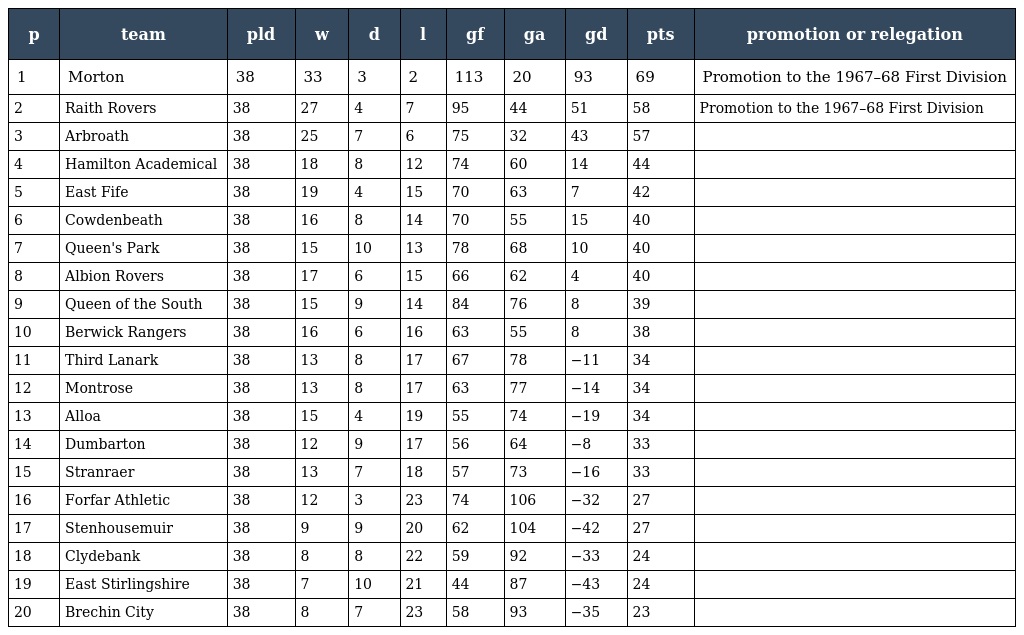
| p | team | pld | w | d | l | gf | ga | gd | pts | promotion or relegation |
 | --- | --- | --- | --- | --- | --- | --- | --- | --- | --- | --- |
 | 1 | Morton | 38 | 33 | 3 | 2 | 113 | 20 | 93 | 69 | Promotion to the 1967–68 First Division |
 | 2 | Raith Rovers | 38 | 27 | 4 | 7 | 95 | 44 | 51 | 58 | Promotion to the 1967–68 First Division |
 | 3 | Arbroath | 38 | 25 | 7 | 6 | 75 | 32 | 43 | 57 |  |
 | 4 | Hamilton Academical | 38 | 18 | 8 | 12 | 74 | 60 | 14 | 44 |  |
 | 5 | East Fife | 38 | 19 | 4 | 15 | 70 | 63 | 7 | 42 |  |
 | 6 | Cowdenbeath | 38 | 16 | 8 | 14 | 70 | 55 | 15 | 40 |  |
 | 7 | Queen's Park | 38 | 15 | 10 | 13 | 78 | 68 | 10 | 40 |  |
 | 8 | Albion Rovers | 38 | 17 | 6 | 15 | 66 | 62 | 4 | 40 |  |
 | 9 | Queen of the South | 38 | 15 | 9 | 14 | 84 | 76 | 8 | 39 |  |
 | 10 | Berwick Rangers | 38 | 16 | 6 | 16 | 63 | 55 | 8 | 38 |  |
 | 11 | Third Lanark | 38 | 13 | 8 | 17 | 67 | 78 | −11 | 34 |  |
 | 12 | Montrose | 38 | 13 | 8 | 17 | 63 | 77 | −14 | 34 |  |
 | 13 | Alloa | 38 | 15 | 4 | 19 | 55 | 74 | −19 | 34 |  |
 | 14 | Dumbarton | 38 | 12 | 9 | 17 | 56 | 64 | −8 | 33 |  |
 | 15 | Stranraer | 38 | 13 | 7 | 18 | 57 | 73 | −16 | 33 |  |
 | 16 | Forfar Athletic | 38 | 12 | 3 | 23 | 74 | 106 | −32 | 27 |  |
 | 17 | Stenhousemuir | 38 | 9 | 9 | 20 | 62 | 104 | −42 | 27 |  |
 | 18 | Clydebank | 38 | 8 | 8 | 22 | 59 | 92 | −33 | 24 |  |
 | 19 | East Stirlingshire | 38 | 7 | 10 | 21 | 44 | 87 | −43 | 24 |  |
 | 20 | Brechin City | 38 | 8 | 7 | 23 | 58 | 93 | −35 | 23 |  |